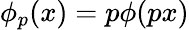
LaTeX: \phi_{p}(x)=p\phi(px)